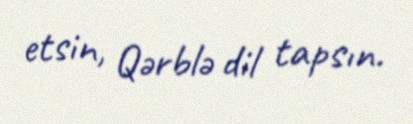
etsin, Qərblə dil tapsın.